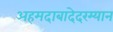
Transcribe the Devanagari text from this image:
अहमदाबादेदरम्यान